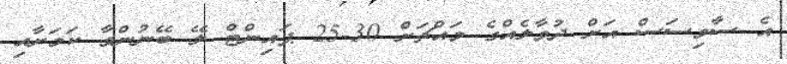
އެ ސާވިސަސް އަށް ދުވާލެއްގެ މައްޗަށް 30-25 ޕައިންޓް ލޭ ބޭނުންވާ ކަމަށާއި